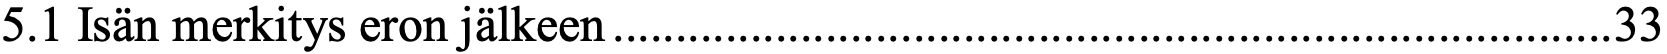
5.1 Isän merkitys eron jälkeen ................................................................................ 33